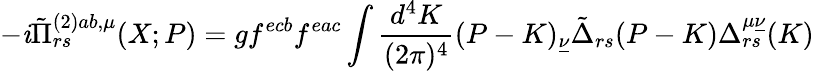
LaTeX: -\mathit{i}\tilde{{\Pi}}_{rs}^{(2)ab,\mu}(X;P)=gf^{ecb}f^{eac}\int\frac{{d^{4}K}}{{(2\pi)^{4}}}(P-K)_{\underline{{{{\nu}}}}}\tilde{{\Delta}}_{rs}(P-K)\Delta_{rs}^{\mu\underline{{{{\nu}}}}}(K)